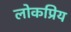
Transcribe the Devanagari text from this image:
लोकप्रिय